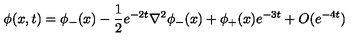
\phi ( x , t ) = \phi _ { - } ( x ) - \frac { 1 } { 2 } e ^ { - 2 t } \nabla ^ { 2 } \phi _ { - } ( x ) + \phi _ { + } ( x ) e ^ { - 3 t } + O ( e ^ { - 4 t } )